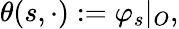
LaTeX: \theta(s,\cdot):=\varphi_{s}\vert_{O},